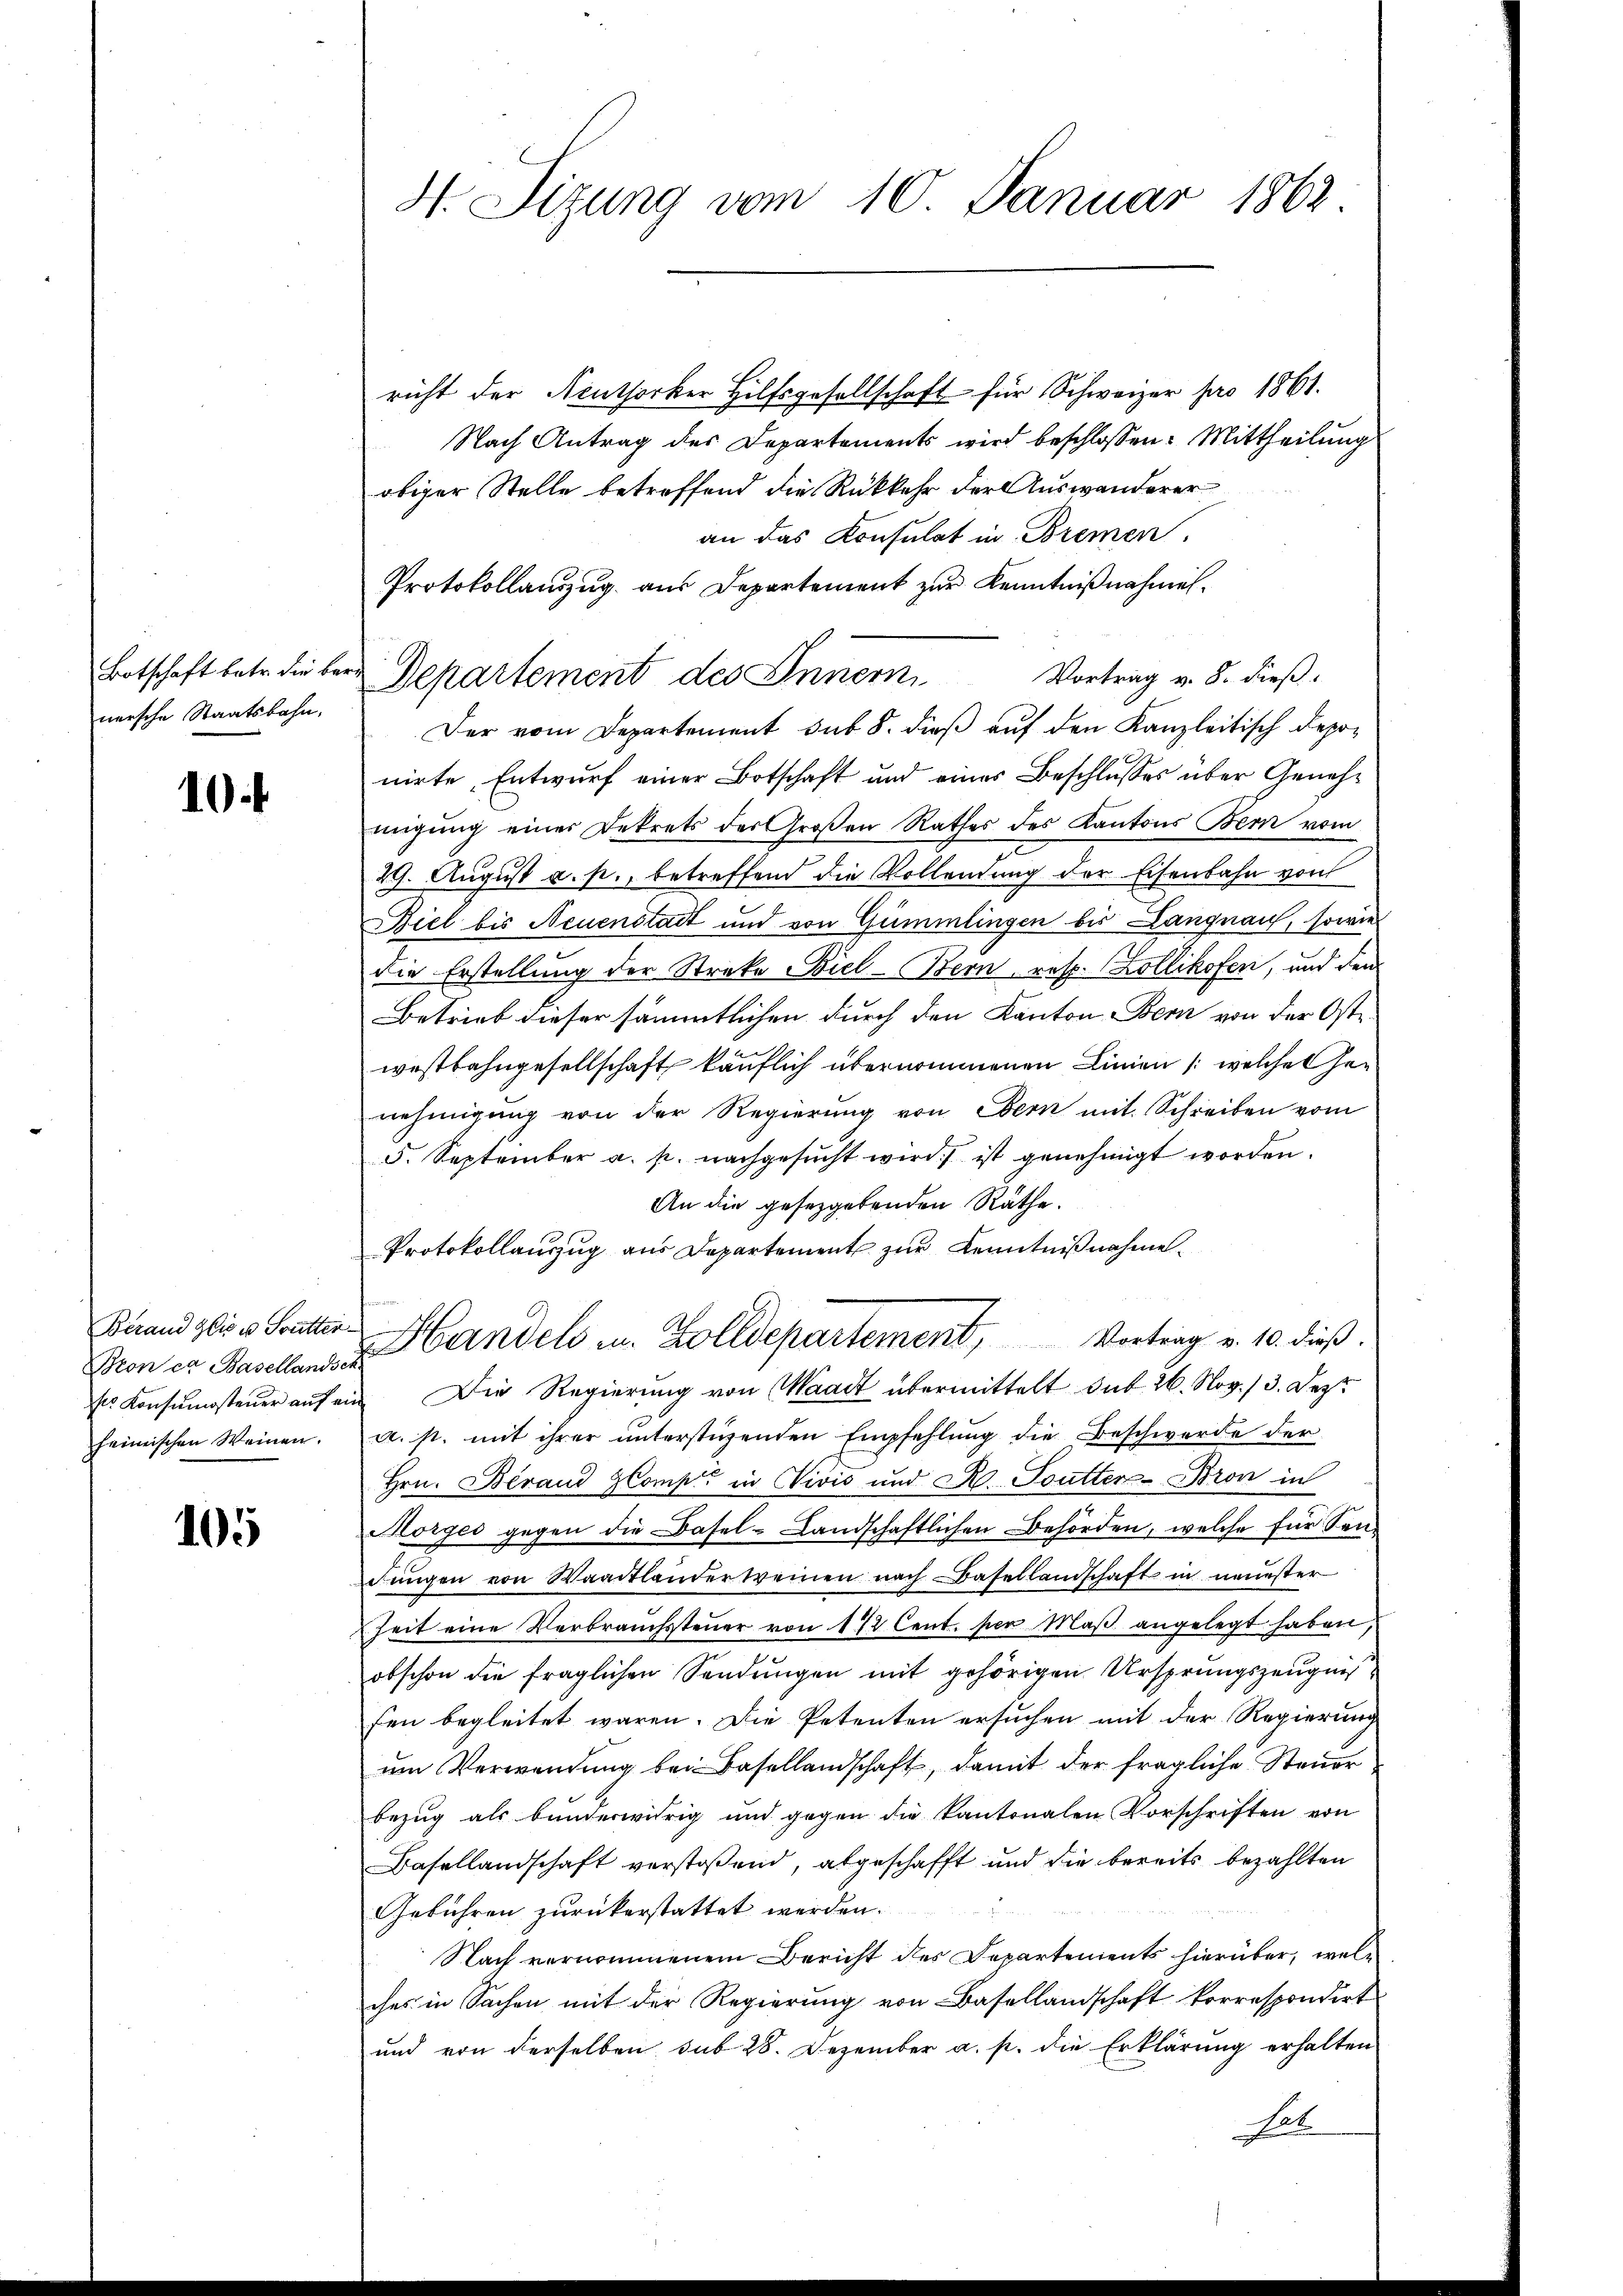
nersche Staatsbahn.

10

Berand Glis u Soutter
heimischen Weinen.

105

H. Sizung vom 10. Januar 1862

richt der Neuthorker Hilfsgesellschaft für Schweizer pro 1861.
Nach Antrag des Departements wird beschlossen: Mittheilung
obiger Stelle betreffend die Rückkehr der Auswanderer
an das Konsulat in Bremen
Protokollauszug aus Departement zur Kenntnißnahmen.
Botschaft betr. die bei Departement des Innern,
Vortrag v. 8. dieß.
Der vom Departement sub 8. dieß auf den Kanzleitisch Deponirte Entwurf einer Botschaft und eines Beschlusses über Genehmigung einer Dekrets des Großen Rathes des Kantons Bern vom
29. August a. p., betreffend die Vollendung der Eisenbahn von
Biel bis Neuenstadt und von Gümmlingen bis Langnau, sowie
die Erstellung der Streke Biel-Bern, resp. Zollikofen, und den
Betrieb dieser sämmtlichen durch den Kanton Bern von der Oste
westbahngesellschaft käuflich übernommenen Linien /: welche Genehmigung von der Regierung von Ebern mit Schreiben vom
5. September a. p. nachgesŭcht wird. ist genehmigt worden.
An die gesetzgebenden Räthe.
Protokollauzug aus Departement zur Kenntnißnahme.
Bion er Basellen Candels u. Zolldepartement, Vortrag v. 10. dieβ.
ss Konsumsteuer auf ein Die Regierung von Waadt übermittelt sub 26. Nov. 13. Dez.
a. h. mit ihrer unterstützenden Empfehlung die Beschwerde der
Hrn. Beraud ZComp. in Vivić und R. Toutter-Bron in
Morges gegen die Basel-Landschaftlichen Behörden, welche für Sen¬
Jungen von Waadtlandertreinen nach Basellandschaft in neuester
Zeit eine Verbrauchsteŭer von 172 Cent. per Maβ angelegt haben,
obschon die fraglichen Sendungen mit gehörigen Ursprungszeugnißfen begleitet waren. Die Petenten ersuchen mit der Regierung
um Verwendung bei Basellandschaft, damit der fragliche Steuer
bezug als bunderwidrig und gegen die Kantonalen Vorschriften von
Basellandschaft verstoßend, abgeschafft und die bereits bezahlten
Gebühren zurückerstattet werden.
Nach vernommenem Bericht des Departements hierüber, welches in Sachen mit der Regierung von Basellandschaft korrespondirt
und von derselben sub 28. Dezember a. p. die Erklärung erhalten
Rat